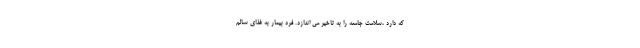
که دارد ،سلامت جامعه را به تاخیر می اندازد. فرد بیمار به غذای سالم